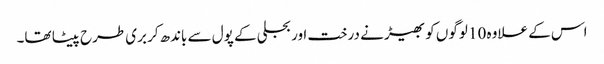
اس کے علاوہ 10 لوگوں کو بھیڑ نے درخت اور بجلی کے پول سے باندھ‌کر بری طرح پیٹا تھا۔